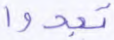
تجدوا